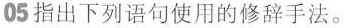
05指出下列语句使用的修辞手法。